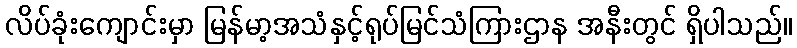
လိပ်ခုံးကျောင်းမှာ မြန်မာ့အသံနှင့်ရုပ်မြင်သံကြားဌာန အနီးတွင် ရှိပါသည်။